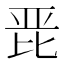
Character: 𭯋